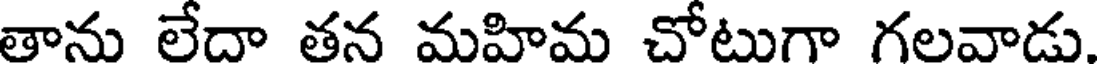
తాను లేదా తన మహిమ చోటుగా గలవాడు.